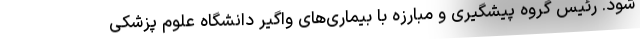
شود. رئیس گروه پیشگیری و مبارزه با بیماری‌های واگیر دانشگاه علوم پزشکی